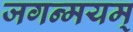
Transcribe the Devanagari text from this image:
जगन्मयम्